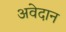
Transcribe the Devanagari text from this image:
अवेदान